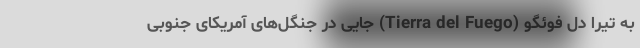
به تیرا دل فوئگو (Tierra del Fuego) جایی در جنگل‌های آمریکای جنوبی